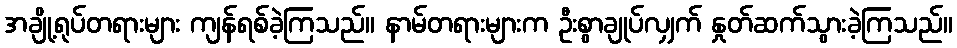
အချို့ရုပ်တရားများ ကျန်ရစ်ခဲ့ကြသည်။ နာမ်တရားများက ဦးစွာချုပ်လျှက် နှုတ်ဆက်သွားခဲ့ကြသည်။